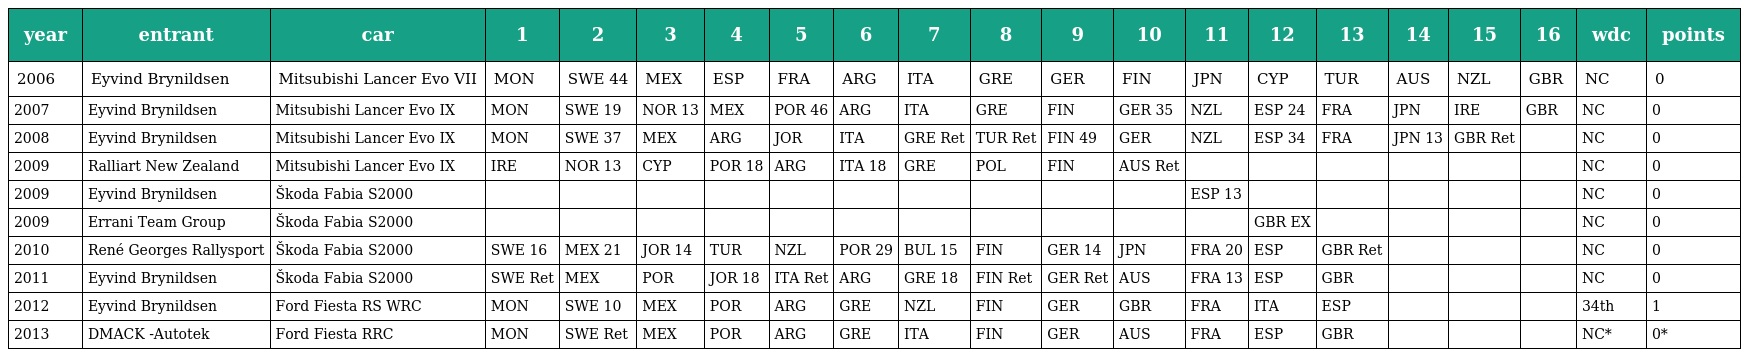
| year | entrant | car | 1 | 2 | 3 | 4 | 5 | 6 | 7 | 8 | 9 | 10 | 11 | 12 | 13 | 14 | 15 | 16 | wdc | points |
 | --- | --- | --- | --- | --- | --- | --- | --- | --- | --- | --- | --- | --- | --- | --- | --- | --- | --- | --- | --- | --- |
 | 2006 | Eyvind Brynildsen | Mitsubishi Lancer Evo VII | MON | SWE 44 | MEX | ESP | FRA | ARG | ITA | GRE | GER | FIN | JPN | CYP | TUR | AUS | NZL | GBR | NC | 0 |
 | 2007 | Eyvind Brynildsen | Mitsubishi Lancer Evo IX | MON | SWE 19 | NOR 13 | MEX | POR 46 | ARG | ITA | GRE | FIN | GER 35 | NZL | ESP 24 | FRA | JPN | IRE | GBR | NC | 0 |
 | 2008 | Eyvind Brynildsen | Mitsubishi Lancer Evo IX | MON | SWE 37 | MEX | ARG | JOR | ITA | GRE Ret | TUR Ret | FIN 49 | GER | NZL | ESP 34 | FRA | JPN 13 | GBR Ret |  | NC | 0 |
 | 2009 | Ralliart New Zealand | Mitsubishi Lancer Evo IX | IRE | NOR 13 | CYP | POR 18 | ARG | ITA 18 | GRE | POL | FIN | AUS Ret |  |  |  |  |  |  | NC | 0 |
 | 2009 | Eyvind Brynildsen | Škoda Fabia S2000 |  |  |  |  |  |  |  |  |  |  | ESP 13 |  |  |  |  |  | NC | 0 |
 | 2009 | Errani Team Group | Škoda Fabia S2000 |  |  |  |  |  |  |  |  |  |  |  | GBR EX |  |  |  |  | NC | 0 |
 | 2010 | René Georges Rallysport | Škoda Fabia S2000 | SWE 16 | MEX 21 | JOR 14 | TUR | NZL | POR 29 | BUL 15 | FIN | GER 14 | JPN | FRA 20 | ESP | GBR Ret |  |  |  | NC | 0 |
 | 2011 | Eyvind Brynildsen | Škoda Fabia S2000 | SWE Ret | MEX | POR | JOR 18 | ITA Ret | ARG | GRE 18 | FIN Ret | GER Ret | AUS | FRA 13 | ESP | GBR |  |  |  | NC | 0 |
 | 2012 | Eyvind Brynildsen | Ford Fiesta RS WRC | MON | SWE 10 | MEX | POR | ARG | GRE | NZL | FIN | GER | GBR | FRA | ITA | ESP |  |  |  | 34th | 1 |
 | 2013 | DMACK -Autotek | Ford Fiesta RRC | MON | SWE Ret | MEX | POR | ARG | GRE | ITA | FIN | GER | AUS | FRA | ESP | GBR |  |  |  | NC* | 0* |